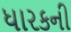
ધારકની